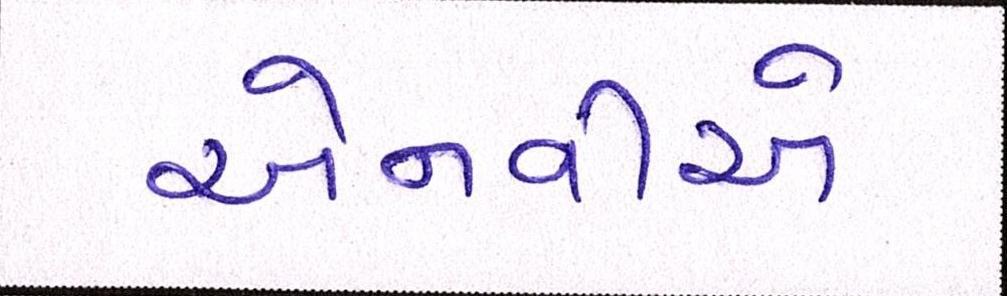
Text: એનવીએ